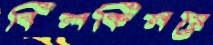
বিলকিসরে